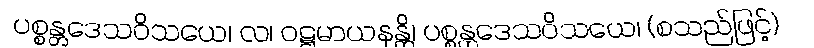
ပစ္စန္တဒေသဝိသယေ၊ လ၊ ဝဋ္ဋမာယနန္တိ၊ ပစ္စန္တဒေသဝိသယေ၊ (စသည်ဖြင့်)